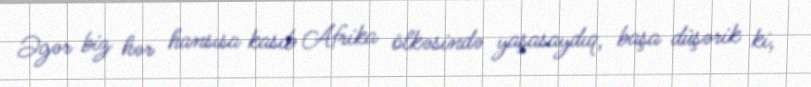
Əgər biz hər hansısa kasıb Afrika ölkəsində yaşasaydıq, başa düşərik ki,